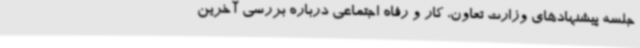
جلسه پیشنهادهای وزارت تعاون، کار و رفاه اجتماعی درباره بررسی آخرین